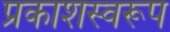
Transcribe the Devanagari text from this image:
प्रकाशस्वरूप